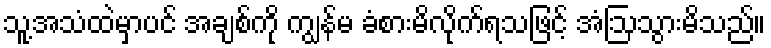
သူ့အသံထဲမှာပင် အချစ်ကို ကျွန်မ ခံစားမိလိုက်ရသဖြင့် အံဩသွားမိသည်။